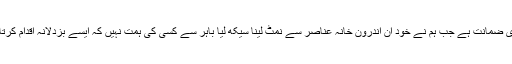
اور میری ضمانت ہے جب ہم نے خود اِن اندرونِ خانہ عناصر سے نمٹ لینا سیکھ لیا باہر سے کسی کی ہمت نہیں کہ ایسے بزدلانہ اقدام کرتا پھرے ۔